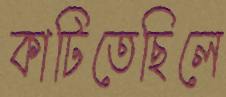
কাটিতেছিলে